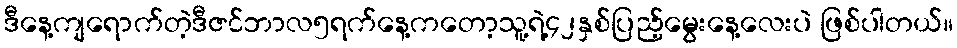
ဒီနေ့ကျရောက်တဲ့ဒီဇင်ဘာလ၅ရက်နေ့ကတော့သူ့ရဲ့၄၂နှစ်ပြည့်မွေးနေ့လေးပဲ ဖြစ်ပါတယ်။